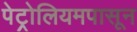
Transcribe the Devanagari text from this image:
पेट्रोलियमपासून